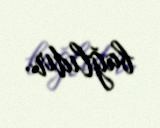
bağlıdır.